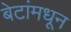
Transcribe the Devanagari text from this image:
बेटांमधून